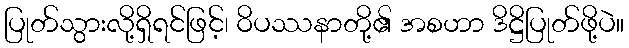
ပြုတ်သွားလို့ရှိရင်ဖြင့်၊ ဝိပဿနာတို့၏ အစဟာ ဒိဋ္ဌိပြုတ်ဖို့ပဲ။